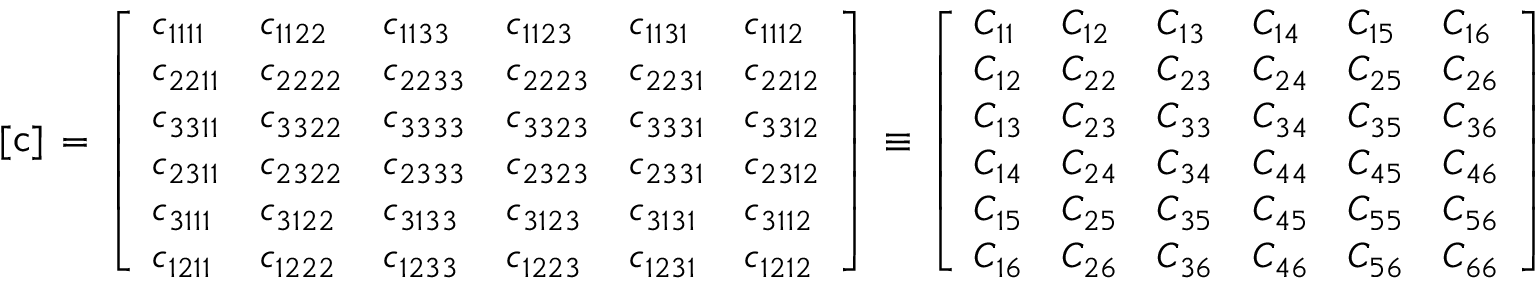
[ { \mathsf { c } } ] \, = \, { \left[ \begin{array} { l l l l l l } { c _ { 1 1 1 1 } } & { c _ { 1 1 2 2 } } & { c _ { 1 1 3 3 } } & { c _ { 1 1 2 3 } } & { c _ { 1 1 3 1 } } & { c _ { 1 1 1 2 } } \\ { c _ { 2 2 1 1 } } & { c _ { 2 2 2 2 } } & { c _ { 2 2 3 3 } } & { c _ { 2 2 2 3 } } & { c _ { 2 2 3 1 } } & { c _ { 2 2 1 2 } } \\ { c _ { 3 3 1 1 } } & { c _ { 3 3 2 2 } } & { c _ { 3 3 3 3 } } & { c _ { 3 3 2 3 } } & { c _ { 3 3 3 1 } } & { c _ { 3 3 1 2 } } \\ { c _ { 2 3 1 1 } } & { c _ { 2 3 2 2 } } & { c _ { 2 3 3 3 } } & { c _ { 2 3 2 3 } } & { c _ { 2 3 3 1 } } & { c _ { 2 3 1 2 } } \\ { c _ { 3 1 1 1 } } & { c _ { 3 1 2 2 } } & { c _ { 3 1 3 3 } } & { c _ { 3 1 2 3 } } & { c _ { 3 1 3 1 } } & { c _ { 3 1 1 2 } } \\ { c _ { 1 2 1 1 } } & { c _ { 1 2 2 2 } } & { c _ { 1 2 3 3 } } & { c _ { 1 2 2 3 } } & { c _ { 1 2 3 1 } } & { c _ { 1 2 1 2 } } \end{array} \right] } \, \equiv \, { \left[ \begin{array} { l l l l l l } { C _ { 1 1 } } & { C _ { 1 2 } } & { C _ { 1 3 } } & { C _ { 1 4 } } & { C _ { 1 5 } } & { C _ { 1 6 } } \\ { C _ { 1 2 } } & { C _ { 2 2 } } & { C _ { 2 3 } } & { C _ { 2 4 } } & { C _ { 2 5 } } & { C _ { 2 6 } } \\ { C _ { 1 3 } } & { C _ { 2 3 } } & { C _ { 3 3 } } & { C _ { 3 4 } } & { C _ { 3 5 } } & { C _ { 3 6 } } \\ { C _ { 1 4 } } & { C _ { 2 4 } } & { C _ { 3 4 } } & { C _ { 4 4 } } & { C _ { 4 5 } } & { C _ { 4 6 } } \\ { C _ { 1 5 } } & { C _ { 2 5 } } & { C _ { 3 5 } } & { C _ { 4 5 } } & { C _ { 5 5 } } & { C _ { 5 6 } } \\ { C _ { 1 6 } } & { C _ { 2 6 } } & { C _ { 3 6 } } & { C _ { 4 6 } } & { C _ { 5 6 } } & { C _ { 6 6 } } \end{array} \right] }